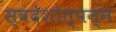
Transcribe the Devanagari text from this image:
स्वदेशोत्पन्न